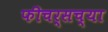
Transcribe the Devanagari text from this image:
फीचर्सच्या